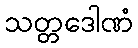
သတ္တဒေါဏံ